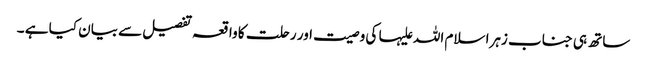
ساتھ ہی جناب زہرا سلام اللہ علیہا کی وصیت اور رحلت کا واقعہ تفصیل سے بیان کیا ہے ۔